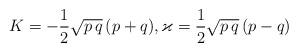
LaTeX: \begin{align*}K=-\frac{1}{2} \sqrt{p\,q}\,(p+q), \varkappa =\frac{1}{2} \sqrt{p\,q}\,(p-q)\end{align*}